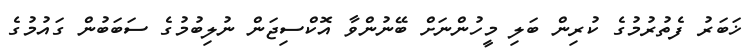
ޚަބަރު ފެތުރުމުގެ ކުރިން ބަލި މީހުންނަށް ބޭނުންވާ އޮކްސިޖަން ނުލިބުމުގެ ސަބަބުން ގައުމުގެ